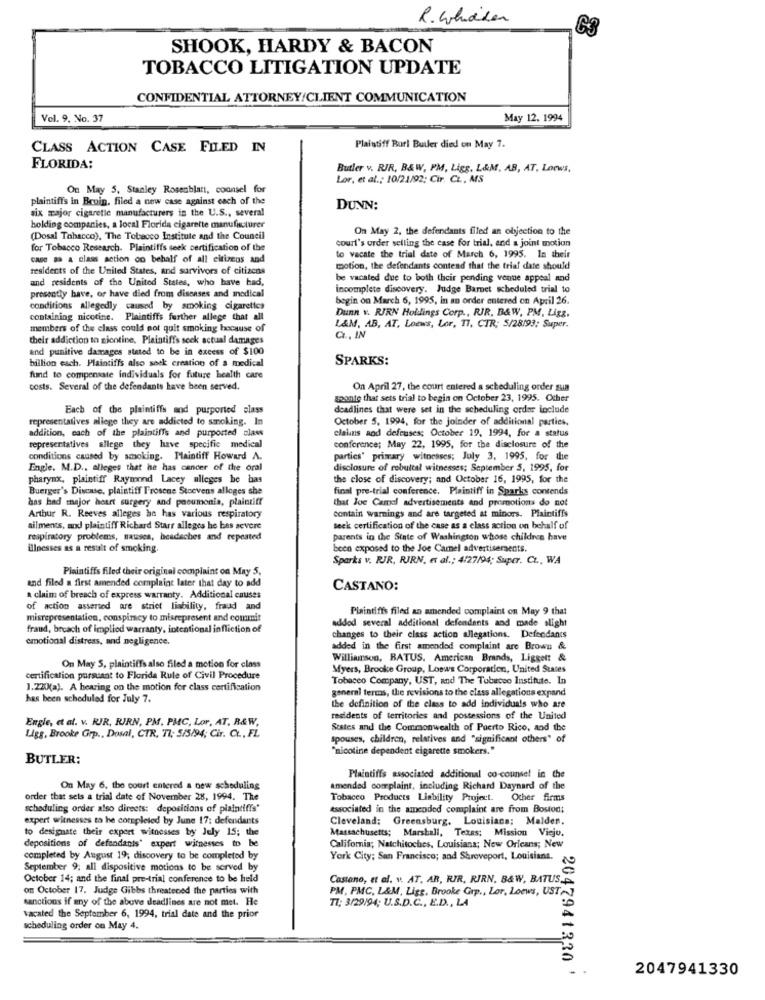
R. Whichen
SHOOK, HARDY & BACON
TOBACCO LITIGATION UPDATE
CONFIDENTIAL ATTORNEY/CLIENT COMMUNICATION
Vel. 9. No. 37
May 12. 1994
CLASS ACTION CASE FILED IN
Plaintiff Burl Butler died on May 7.
FLORIDA:
Butler v. RIR, B&W, PM, Ligg, L&M, AB, AT, Loews,
Lor, et al .; 10/21/92; Cir. CL ., MS
On May 5, Stanley Rosenblatt, counsel for
plaintiffs In Bruin. filed a new case against each of the
six major cigarette manufacturers in the U.S ., several
DUNN:
holding companies, a local Florida cigarette manufacturer
On May 2, the defendants filed an objection to the
(Dosal Tobacco). The Tobacco Institute and the Council
court's order selling the case for trial, and a joint motion
for Tobacco Research. Plaintiffs seek certification of the
CADE a A class action on behalf of all citizens and
to vacate the trial date of March 6, 1995. In their
residents of the United States, and survivors of citizens
motion, the defendants contend that the trial date should
and residents of the United States, who have had,
be vacated due to both their pending venue appeal and
incomplete discovery. Judge Barnet scheduled trial to
presently have, or have died from diseases and medical
begin on March 6, 1995, in an order entered on April 26.
conditions allegedly caused by smoking cigarettes
Dunn v. RIRN Holdings Corp ., RIR, B&W, PM, Ligz.
containing nicotine. Plaintiffs further allege that all
members of the class could not quit smoking hocause of
L&M, AB, AT, Loews, Lor, 17, CTR; 5/28/93; Super.
their addiction to nicotine, Plaintiffs seck actual damages
C ., IN
and punitive damages stated to be in excess of $100
billion each. Plaintiffs also sock creation of a medical
SPARKS:
fund to compensate individuals for future health care
costs. Several of the defendants have been served.
On April 27, the court entered a scheduling order sua
soonte that sets trial to begin on October 23, 1995. Other
Each of the plaintiffs and purported class
deadlines that were set in the scheduling order include
representatives allege they are addicted to smoking. In
October 5, 1994, for the joinder of additional parties.
addition, each of the plaintiffs and purported class
claims and defeuses; October 19, 1994, for a status
representatives allege they have specific medical
conference; May 22, 1995, for the disclosure of the
conditions caused by smoking. Plaintiff Howard A.
partics' primary witnesses; July 3, 1995, for the
Engle. M.D ., alleges that he has cancer of the oral
disclosure of rebuttal witnesses; September 5, 1995, for
pharynx, plaintiff Raymond Lacey alleges be bas
the close of discovery; and October 16, 1995, for the
Buerger's Discuse, plaintiff Frosene Stoevens alleges she
final pre-trial conference. Plaintiff in Sparks contends
has had major heart surgery and pooumonia, plaintiff
that Joe Camal advertisements and promotions do not
Arthur R. Reeves alleges he has various respiratory
contain warnings and are targeted at minors. Plaintiffs
ailments, and plaintiff Richard Starr alleges he bas severe
seek certification of the case as a class action on behalf of
respiratory problems, nausea, headaches and repeated
parents in the State of Washington whose children have
Uloesses as a result of smoking.
been exposed to the Joe Camel advertisements.
Sparks v. RJR, RIRN, et al .; 4/27/94; Super. CL ., WA
Plaintiffs filed their original complaint on May 5,
and filed a first amended complaint later that day to add
CASTANO:
a claim of breach of express warranty. Additional causes
of action asserted are strict liability, fraud and
Plaintiffs filed an amended complaint on May 9 that
misrepresentation, conspiracy to misrepresent and commit
addod several additional defendants and made slight
fraud, breach of implied warranty, intentional infliction of
emotional distress, and negligence.
changes to their class action allegations. Defendants
added in the first amended complaint are Brown &
Williamson, BATUS. American Brands, Liggett &
On May S. plaintiffs also filed a motion for class
Myers, Brooke Group, Loswe Corporation, United States
certification pursuant to Florida Rule of Civil Procedure
Tobacco Company, UST, and The Tobacco Institute. In
J.220(a). A hearing on the motion for class certification
general terms, the revisions to the class allegations expand
has been scheduled for July 7.
the definition of the class to add individuals who are
Engie, et al. v. RIR, RIRN, PM. PMC, Lor, AT, R&W,
residents of territories and postessions of the United
Ligg, Brooke Grp ., Dosal, CTR, TI; 5/5/94; Cir. C ., FL
States and the Commonwealth of Puerto Rico, and the
spouses, children, relatives and "significant others" of
"nicotine dependent cigarette smokers."
BUTLER:
Plaintiffs associated additional co-counsel in the
On May 6, the court entered a new scheduling
amended complaint, including Richard Daynard of the
order that sels a trial date of November 28, 1994. The
Tobacco Products Liability Project. Ocher firms
scheduling order also directs: depositions of plaintiffs"
Associated in the amended complaint are from Boston;
expert witnesses to he completed by June 17: defendants
Cleveland: Greensburg, Louisiana; Malden.
to designate their expert witnesses by July 15; the
Massachusetts; Marshall, Texas; Mission Viejo.
depositions of defendants" expert witnesses to be
California; Natchitoches, Louisiana; New Orleans; New
completed by August 19; discovery to be completed by
York City; San Francisco; and Shreveport, Louisiana.
September 9; all dispositive motions to be served by
October 14; and the final pre-trial conference to be held
Castano, et al. v. AT. AR, RIR, RIRN. B&W, BATUS.P.
on October 17. Judge Gibbs threatened the parties with
PM, PMC, L&M, Ligg, Brooke Grp ., Lor, Loews, UST
sanctions if any of the above deadlines are not met. He
TI: 3/29/94; U.S.D.C ., E.D ., LA
vacated the September 6, 1994, trial date and the prior
scheduling order on May 4.
2047941330 '
2047941330